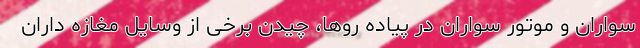
سواران و موتور سواران در پیاده روها، چیدن برخی از وسایل مغازه داران